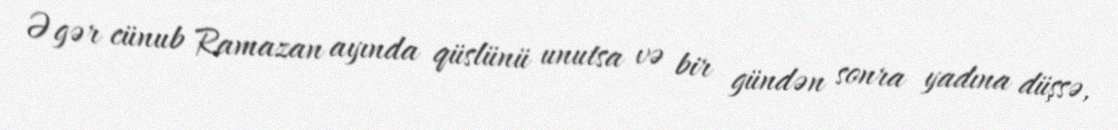
Əgər cünub Ramazan ayında qüslünü unutsa və bir gündən sonra yadına düşsə,